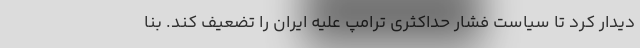
دیدار کرد تا سیاست فشار حداکثری ترامپ علیه ایران را تضعیف کند. بنا